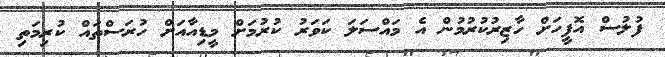
ފުލުސް އޮފީހަށް ހާޒިރުކުރުމުން އެ މައްސަލަ ކަވަރު ކުރުމަށް މީޑިއާއަށް ހުރަސްތައް ކުރިމަތި